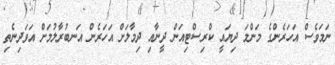
ނަމަވެސް އަހަރެންގެ މަންމަ ދިޔައީ ކްރިސްޓިއަން ދީނާއި ދިމާލަށް އަހަރެން އަނބުރާލުމަށް އަވަދިނެތި